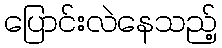
ပြောင်းလဲနေသည့်